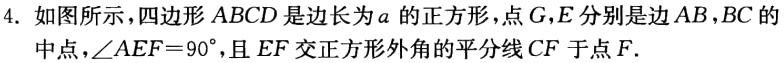
4. 如图所示，四边形\(ABCD\)是边长为\(a\)的正方形，点\(G,E\)分别是边\(AB,BC\)的中点，\(\angle AEF = 90^{\circ}\)，且\(EF\)交正方形外角的平分线\(CF\)于点\(F\).